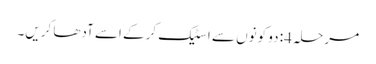
مرحلہ 4: دو کونوں سے اسٹیک کرکے اسے آدھا کریں۔